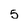
Character: 5